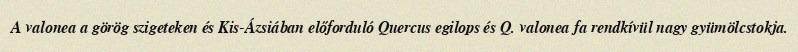
A valonea a görög szigeteken és Kis-Ázsiában előforduló Quercus egilops és Q. valonea fa rendkívül nagy gyümölcstokja.